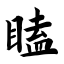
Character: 瞌